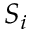
S _ { i }